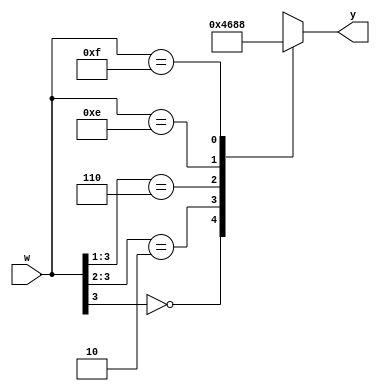
module priority_encoder_42(w, y);
    input wire[3:0] w;
    output reg[2:0] y;

    always @* 
		begin
			casez(w)
				4'b0???: y = 3'b100;
				4'b10??: y = 3'b011;
				4'b110?: y = 3'b010;
				4'b1110: y = 3'b001;
				4'b1111: y = 3'b000;
			endcase
		end
endmodule